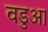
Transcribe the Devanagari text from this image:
वडुआ